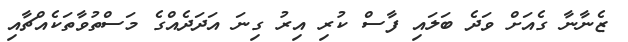
ޒެނާނާ ގެއަށް ވަދެ ބަލައި ފާސް ކުރި އިރު ގިނަ އަދަދެއްގެ މަސްތުވާތަކެއްޗާއި